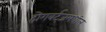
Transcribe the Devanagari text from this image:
होगवर्ट्‌जमधील